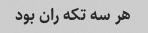
هر سه تکه ران بود